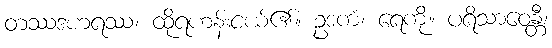
တဿဒဟရဿ၊ ထိုရဟန်းငယ်၏။ ဥဒကံ၊ ရေကို။ ပရိသာဝေန္တီ၊